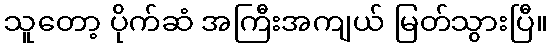
သူတော့ ပိုက်ဆံ အကြီးအကျယ် မြတ်သွားပြီ။